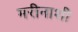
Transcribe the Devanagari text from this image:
मरीनाशी